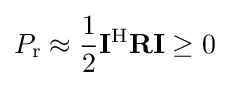
P_{\mathrm {r} }\approx {\frac {1}{2}}\mathbf {I} ^{\mathrm {H} }\mathbf {R} \mathbf {I} \geq 0